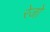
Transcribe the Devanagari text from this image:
रेजो